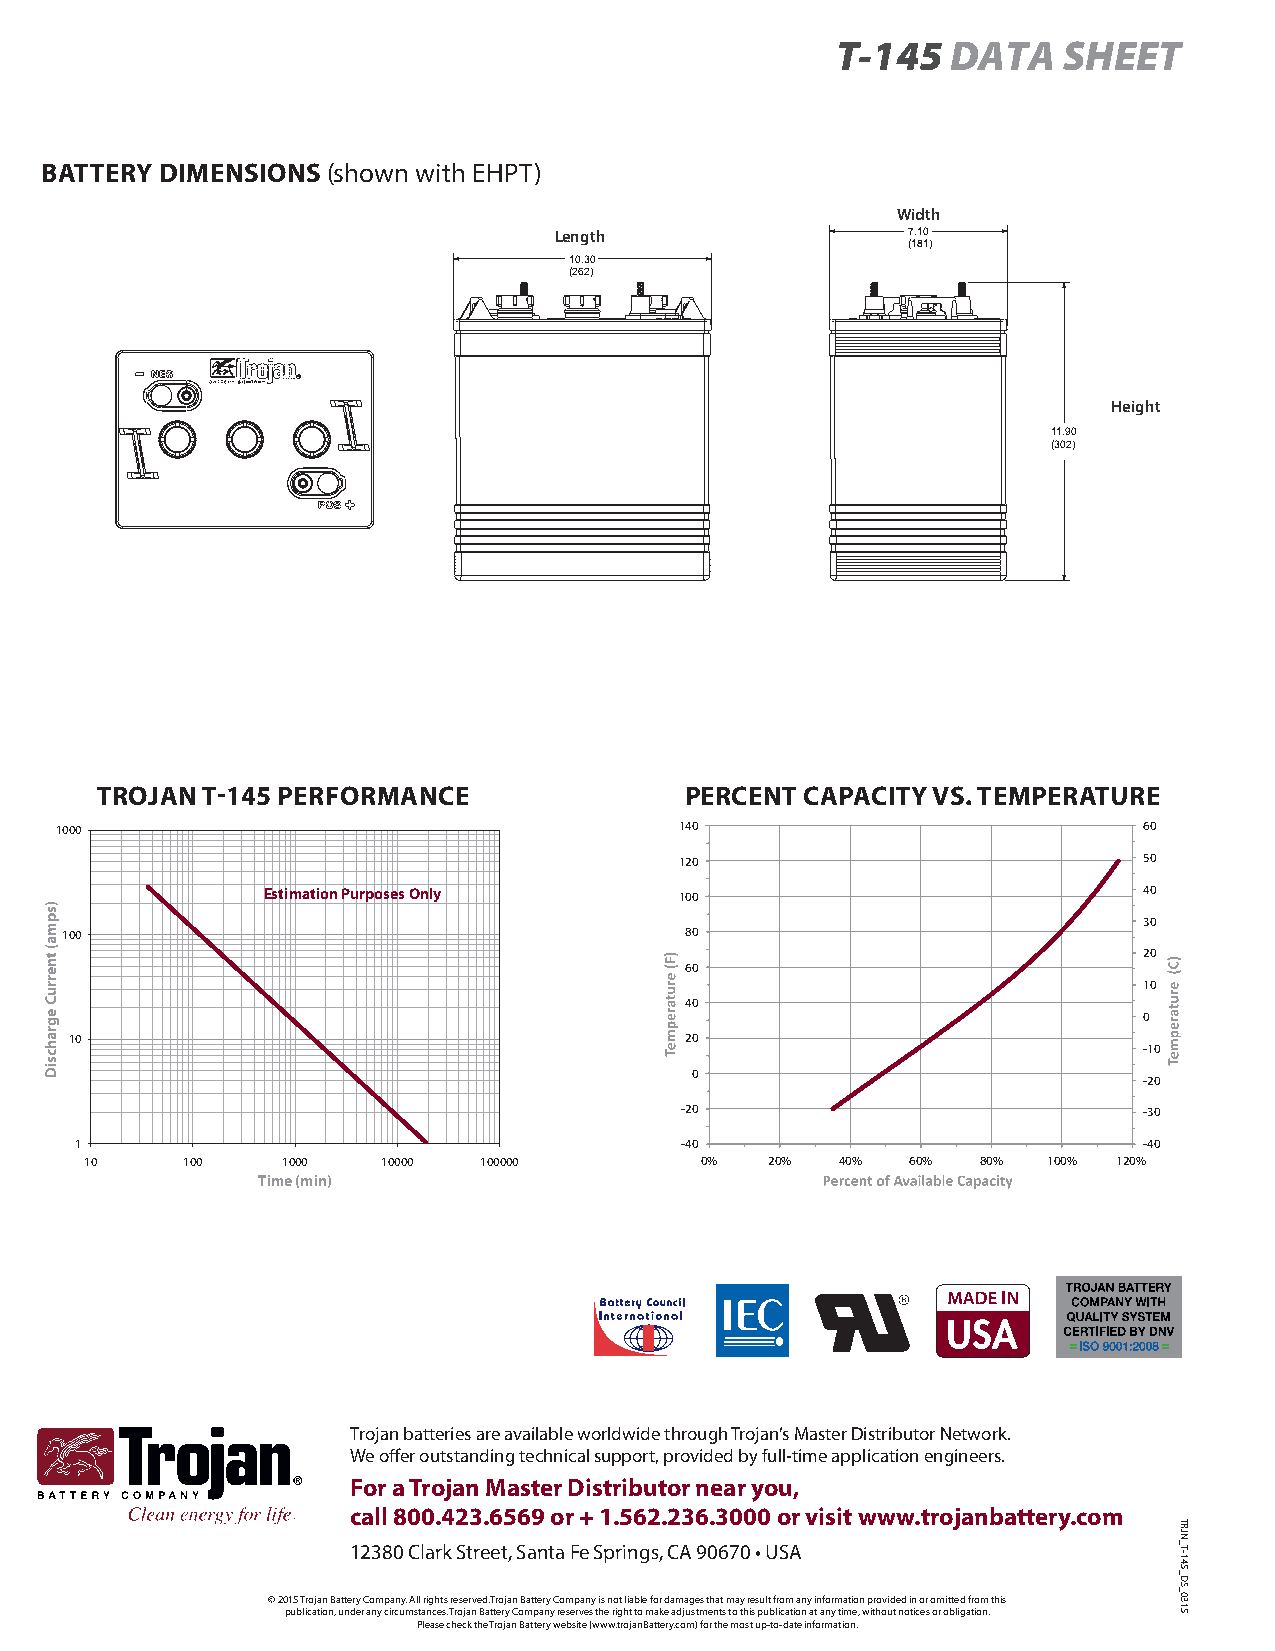
T-145   DATA   SHEET
 BATTERY DIMENSIONS (shown with EHPT)
 Width
 Length                 7.10
 (181)
 10.30
 (262)
 Height
 11.90
 (302)
 TROJAN T-145 PERFORMANCE               PERCENT CAPACITY VS. TEMPERATURE
 1000                                     140                            60
 120                            50
 Estimation Purposes Only    100                            40
 30
 100                                      80
 20
 60
 10
 40
 0
 10                                      20
 -10
 0
 -20
 -20                            -30
 1                                       -40                            -40
 10    100    1000  10000  100000        0%   20%  40% 60%  80% 100% 120%
 Time (min)
 Trojan batteries are available worldwide through Trojan’s Master Distributor Network.
 We offer outstanding technical support, provided by full-time application engineers.
 For a Trojan Master Distributor near you,
 call 800.423.6569 or + 1.562.236.3000 or visit www.trojanbattery.com
 12380 Clark Street, Santa Fe Springs, CA 90670 • USA
 © 2015 Trojan Battery Company. All rights reserved. Trojan Battery Company is not liable for damages that may result from any information provided in or omitted from this
 publication, under any circumstances. Trojan Battery Company reserves the right to make adjustments to this publication at any time, without notices or obligation.
 Please check the Trojan Battery website (www.trojanBattery.com) for the most up-to-date information.
 )spma(
 tnerruC
 egrahcsiD
 TRJN_T-145_DS_0315